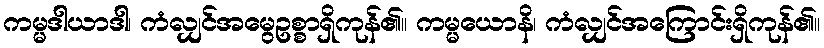
ကမ္မဒါယာဒါ၊ ကံလျှင်အမွေဥစ္စာရှိကုန်၏။ ကမ္မယောနိ၊ ကံလျှင်အကြောင်းရှိကုန်၏။